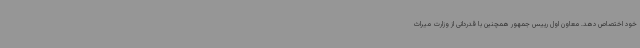
خود اختصاص دهد. معاون اول رییس جمهور همچنین با قدردانی از وزارت میراث